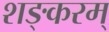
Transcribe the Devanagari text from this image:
शङ्करम्